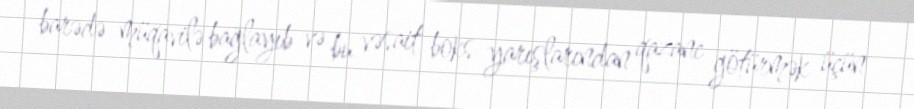
barədə müqavilə bağlayıb və bu vəsait boks yarışlarından qazanc götürmək üçün